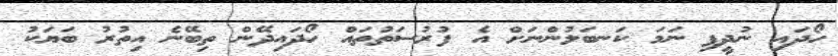
ހޯދައި ނުދީފި ނަމަ ކަނބަލުންނަށް އެ ފުރުސަތުތައް ހޯދައިދޭން ތިބޭނެ އިތުރު ބަޔަކު